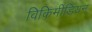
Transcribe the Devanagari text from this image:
विकिमीडियन